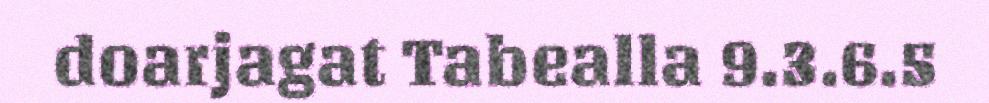
doarjagat Tabealla 9.3.6.5